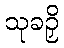
သုခဉှိ